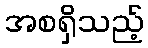
အစရှိသည့်